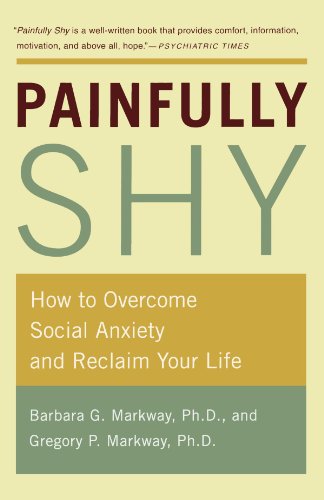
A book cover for Painfully Shy: How to Overcome Social Anxiety and Reclaim Your Life; Barbara Markway; Self-Help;